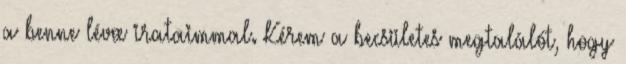
a benne lévœ irataimmal. Kérem a becsületes megtalálót, hogy